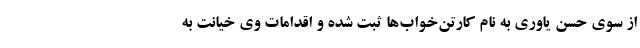
از سوی حسن یاوری به نام کارتن‌خواب‌ها ثبت شده و اقدامات وی خیانت به